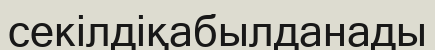
секілдіқабылданады